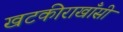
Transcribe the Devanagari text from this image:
खटकीराखाँसी